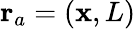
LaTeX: \mathbf{r}_{a}=(\mathbf{x},L)